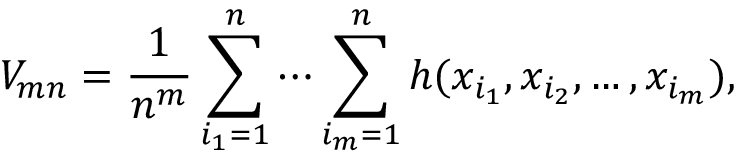
V _ { m n } = { \frac { 1 } { n ^ { m } } } \sum _ { i _ { 1 } = 1 } ^ { n } \cdots \sum _ { i _ { m } = 1 } ^ { n } h ( x _ { i _ { 1 } } , x _ { i _ { 2 } } , \dots , x _ { i _ { m } } ) ,